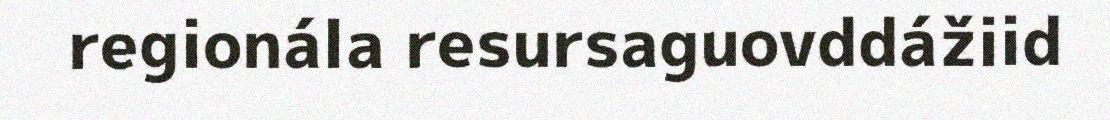
regionála resursaguovddážiid